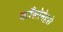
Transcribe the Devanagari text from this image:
काँसोनेहरो